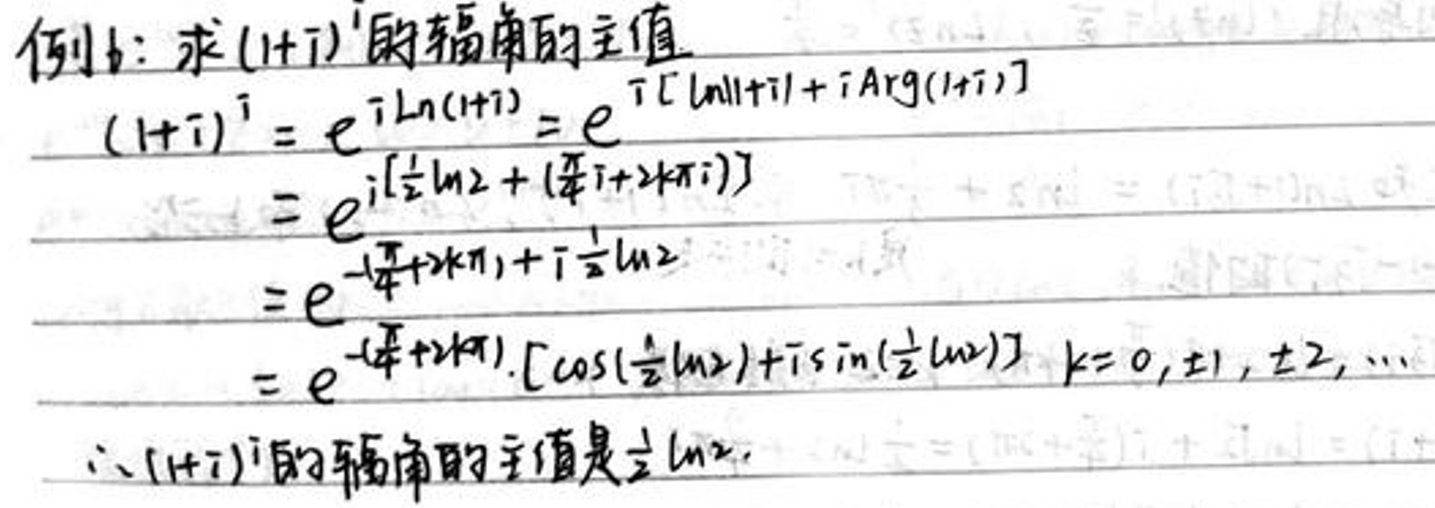
\[
\begin{align*}
(1 + i)^i&=e^{i\ln(1 + i)}=e^{i[\ln|1 + i|+i\mathrm{Arg}(1 + i)]}\\
&=e^{i[\frac{1}{2}\ln2+(\frac{\pi}{4}i + 2k\pi i)]}\\
&=e^{-(\frac{\pi}{4}+2k\pi)+i\frac{1}{2}\ln2}\\
&=e^{-(\frac{\pi}{4}+2k\pi)}[\cos(\frac{1}{2}\ln2)+i\sin(\frac{1}{2}\ln2)],k = 0,\pm1,\pm2,\cdots
\end{align*}
\]
\(\therefore(1 + i)^i\)的辐角的主值是\(\frac{1}{2}\ln2\).